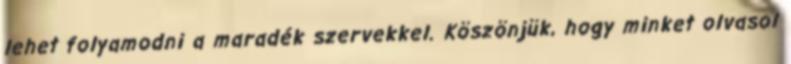
lehet folyamodni a maradék szervekkel. Köszönjük, hogy minket olvasol